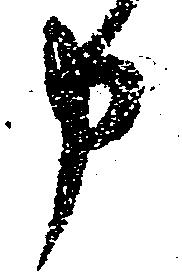
申